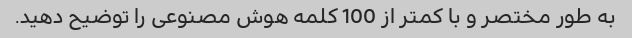
به طور مختصر و با کمتر از 100 کلمه هوش مصنوعی را توضیح دهید.